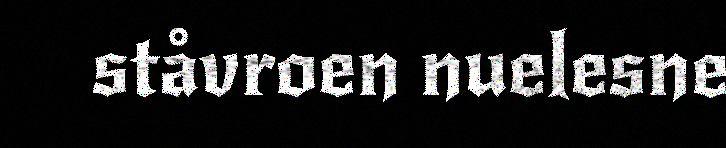
ståvroen nuelesne